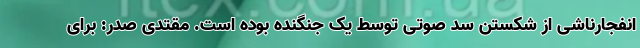
انفجارناشی از شکستن سد صوتی توسط یک جنگنده بوده است. مقتدی صدر: برای